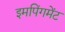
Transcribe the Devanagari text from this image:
इमपिंगमेंट